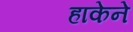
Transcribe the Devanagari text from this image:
हाकेने